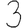
Digit: 3